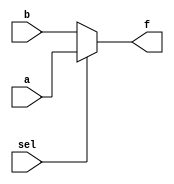
`timescale 1ns / 1ps

module generate_set_of_MUX(
    input [0:3] a,b , input sel ,
    output [0:3] f
    );
    
    assign f = sel ? a : b ;
endmodule